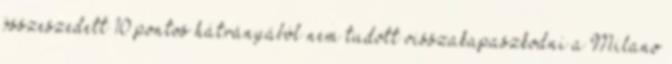
összeszedett 10 pontos hátrányából nem tudott visszakapaszkodni a Milano